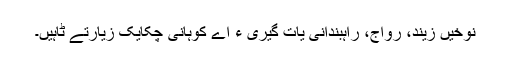
نوخیں زیند، رواج، راہبندانی یات گیری ءَ اے کوہانی چکایک زیارتے ٹاہیں۔